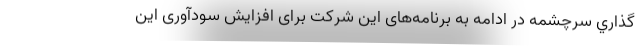
گذاري سرچشمه در ادامه به برنامه‌های این شرکت برای افزایش سودآوری این